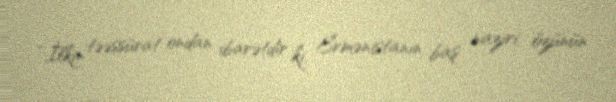
“İlkin təəssürat ondan ibarətdir ki, Ermənistanın baş naziri özünün